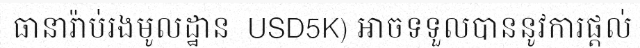
ធានារ៉ាប់រងមូលដ្ឋាន  USD5K) អាចទទួលបាននូវការផ្តល់